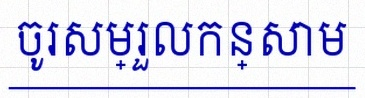
ចូរសម្រួលកន្សោម